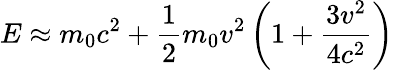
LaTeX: E\approx m_{0}c^{2}+{\frac{1}{2}}m_{0}v^{2}\left(1+{\frac{3v^{2}}{4c^{2}}}\right)